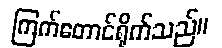
ကြက်တောင်ရိုက်သည်။